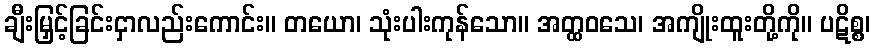
ချီးမြှင့်ခြင်းငှာလည်းကောင်း။ တယော၊ သုံးပါးကုန်သော။ အတ္ထဝသေ၊ အကျိုးထူးတို့ကို။ ပဋိစ္စ၊